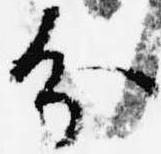
分